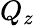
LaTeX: Q_{z}